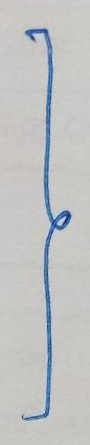
}